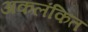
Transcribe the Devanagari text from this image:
अकलंकित